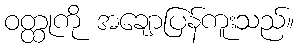
ဝတ္ထုကို အချောပြန်ကူးသည်။